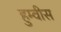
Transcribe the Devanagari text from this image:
हुम्वीस